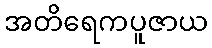
အတိရေကပူဇာယ